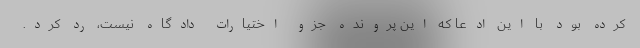
کرده بود با این ادعا که این پرونده جزو اختیارات دادگاه نیست، رد کرد.